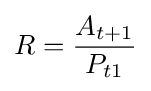
R={\frac {A_{t+1}}{P_{t1}}}